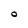
Character: O